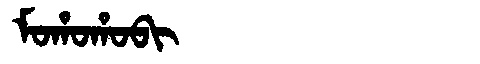
Manchu: ᠮᠣᡥᠣᡥᠣᠪᡳ
Romanization: MOHOHOBI